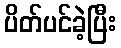
ပိတ်ပင်ခဲ့ပြီး